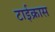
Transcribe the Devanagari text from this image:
टाईक्रास